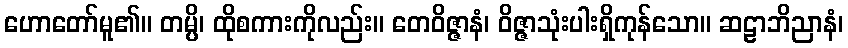
ဟောတော်မူ၏။ တမ္ပိ၊ ထိုစကားကိုလည်း။ တေဝိဇ္ဇာနံ၊ ဝိဇ္ဇာသုံးပါးရှိကုန်သော။ ဆဠာဘိညာနံ၊